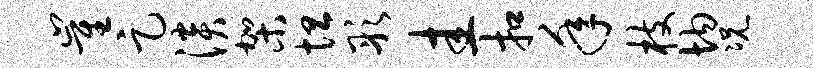
崔足淡架坦彤圭扣年枝均况